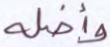
وأضله